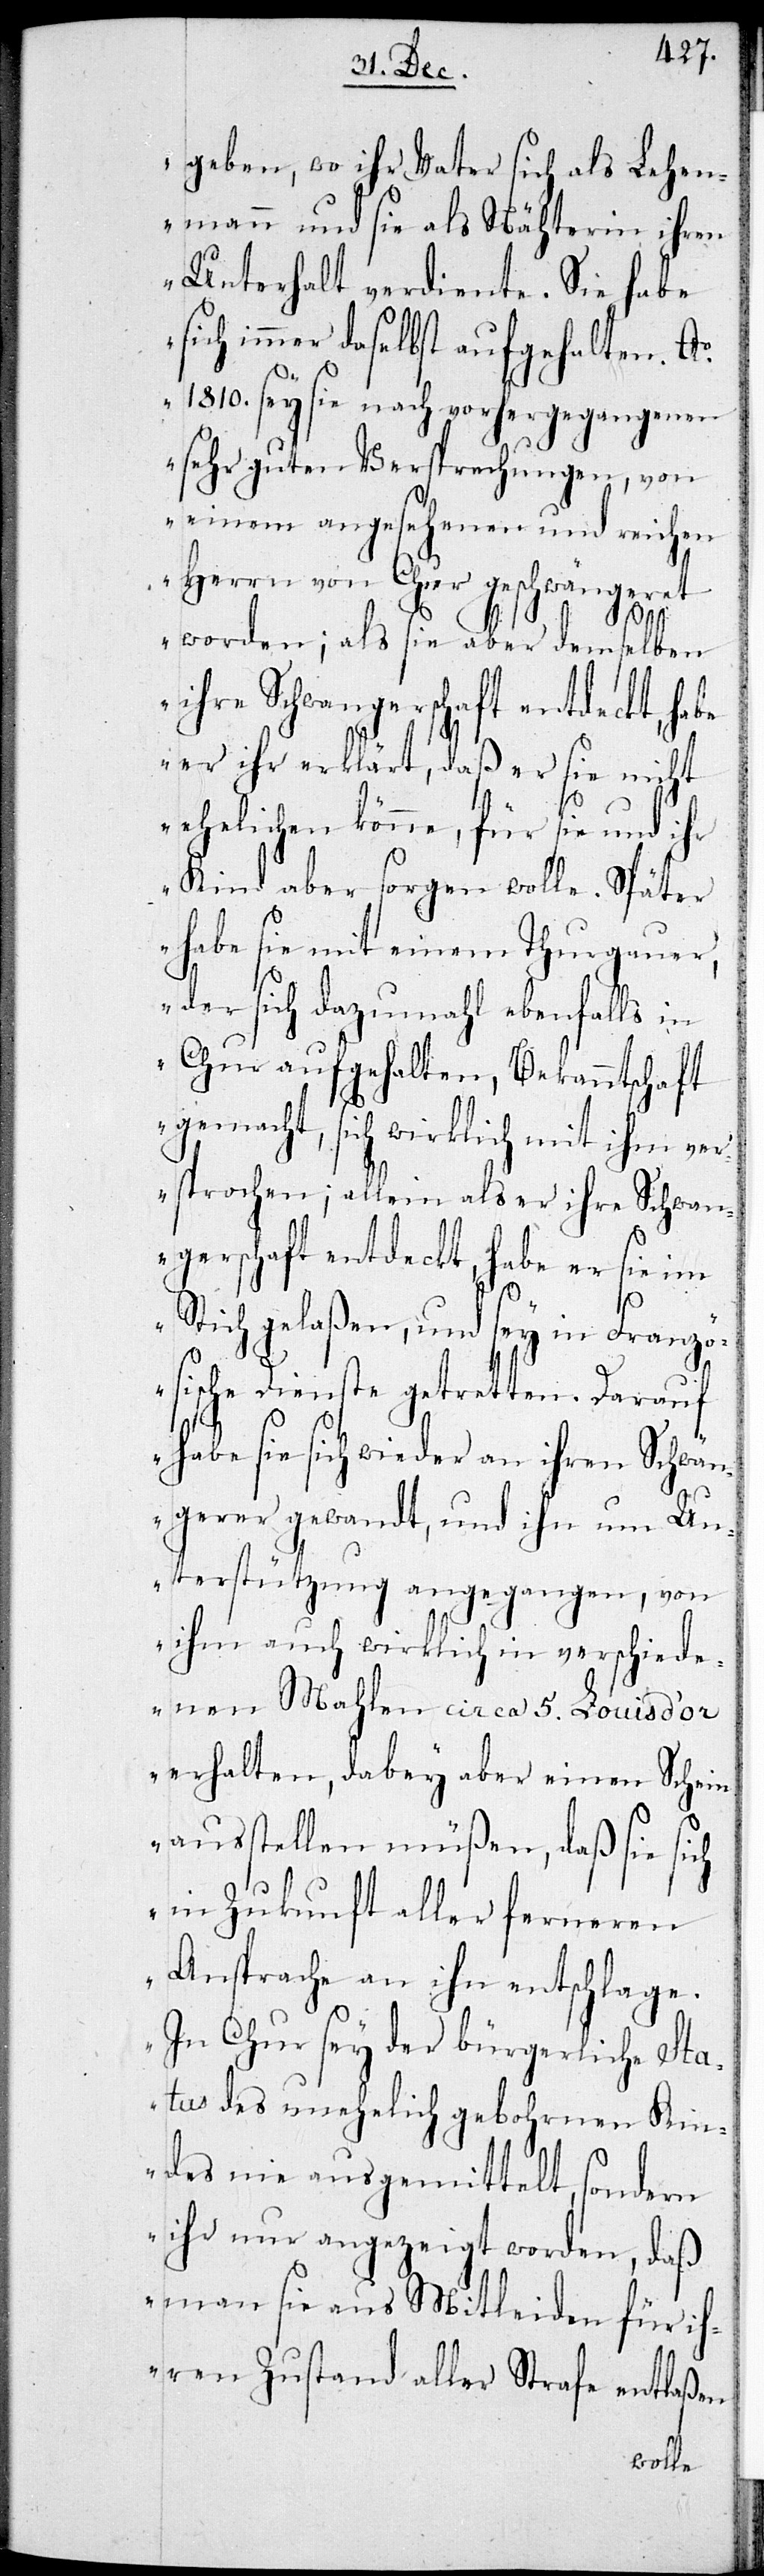
geben, wo ihr Vater sich als Lehen¬
mann und sie als Nähterin ihren
Unterhalt verdiente. Sie habe
sich immer daselbst aufgehalten. A¬
o 1810. sey sie nach vorhergegangenen
sehr guten Versprechungen, von
einem angesehenen und reichen
Herrn von Chur geschwängeret
worden; als sie aber demselben
ihre Schwangerschaft entdeckt, habe
er ihr erklärt, daß er sie nicht
ehelichen könne, für sie und ihr
Kind aber sorgen wolle. Später
habe sie mit einem Thurgauer,
der sich dazumahl ebenfalls in
Chur aufgehalten, Bekanntschaft
gemacht, sich wirklich mit ihm ver¬
sprochen; allein als er ihre Schwan¬
gerschaft entdeckt, habe er sie im
Stich gelaßen, und sey in Franzö¬
sische Dienste getretten. Darauf
habe sie sich wieder an ihren Schwän¬
gerer gewandt, und ihn um Un¬
terstützung angegangen, von
ihm auch wirklich in verschiede¬
nen Mahlen circa 5. Louis d’or
erhalten, dabey aber einen Schein
ausstellen müßen, daß sie sich
in Zukunft aller ferneren
Ansprachen an ihn entschlage.
In Chur sey der bürgerliche Sta¬
tus des unehelich gebohrnen Kin¬
des nie ausgemittelt, sondern
ihr nur angezeigt worden, daß
man sie aus Mitleiden für ih¬
ren Zustand aller Strafe entlaßen